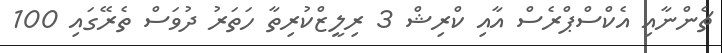
ޗެންނާއި އެކްސްޕްރެސް އާއި ކްރިޝް 3 ރިލީޒްކުރިތާ ހަތަރު ދުވަސް ތެރޭގައި 100